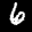
Label: 6